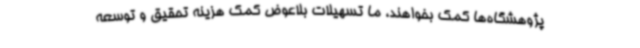
پژوهشگاه‌ها کمک بخواهند، ما تسهیلات بلاعوض کمک هزینه تحقیق و توسعه